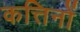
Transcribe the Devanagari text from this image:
कत्तिनों